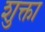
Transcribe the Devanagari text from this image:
शुक्ता